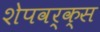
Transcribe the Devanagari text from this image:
शेपवर्क्स